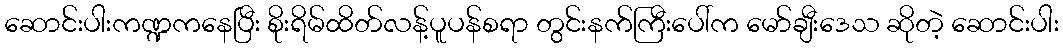
ဆောင်းပါးကဏ္ဍကနေပြီး စိုးရိမ်ထိတ်လန့်ပူပန်စရာ တွင်းနက်ကြီးပေါ်က မော်ချီးဒေသ ဆိုတဲ့ ဆောင်းပါး